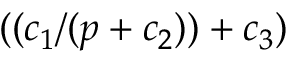
( ( c _ { 1 } / ( p + c _ { 2 } ) ) + c _ { 3 } )